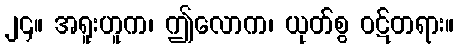
၂၄။ အရူးဟူက၊ ဤလောက၊ ယုတ်စွ ဝဋ်တရား။